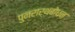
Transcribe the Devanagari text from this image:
पुनरार्थबोधन